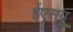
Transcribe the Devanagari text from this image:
ईएसयू